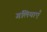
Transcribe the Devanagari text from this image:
गलियाएँ